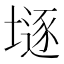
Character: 𡐌